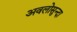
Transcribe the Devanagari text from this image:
अवलोसुन्दा